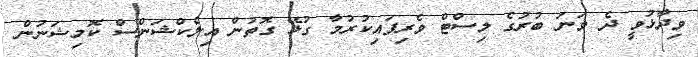
ވިދާޅުވީ ދެ ވަނަ ބުރުގެ ލިސްޓް ވެރިފައިކުރުމާ ގުޅޭ ގޮތުން އިލެކްޝަންސް ކޮމިޝަނުން